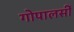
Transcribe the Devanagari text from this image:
गोपालसीं